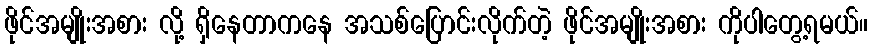
ဖိုင်အမျိုးအစား လို့ ရှိနေတာကနေ အသစ်ပြောင်းလိုက်တဲ့ ဖိုင်အမျိုးအစား ကိုပါတွေ့ရမယ်။